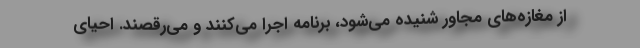
از مغازه‌های مجاور شنیده می‌شود، برنامه اجرا می‌کنند و می‌رقصند. احیای